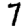
Digit: 7